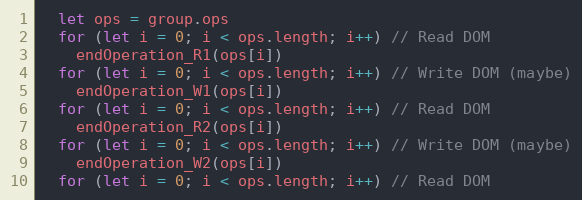
Language: JavaScript
  let ops = group.ops
  for (let i = 0; i < ops.length; i++) // Read DOM
    endOperation_R1(ops[i])
  for (let i = 0; i < ops.length; i++) // Write DOM (maybe)
    endOperation_W1(ops[i])
  for (let i = 0; i < ops.length; i++) // Read DOM
    endOperation_R2(ops[i])
  for (let i = 0; i < ops.length; i++) // Write DOM (maybe)
    endOperation_W2(ops[i])
  for (let i = 0; i < ops.length; i++) // Read DOM